Scottish Leaving Certificate Examination, 1960
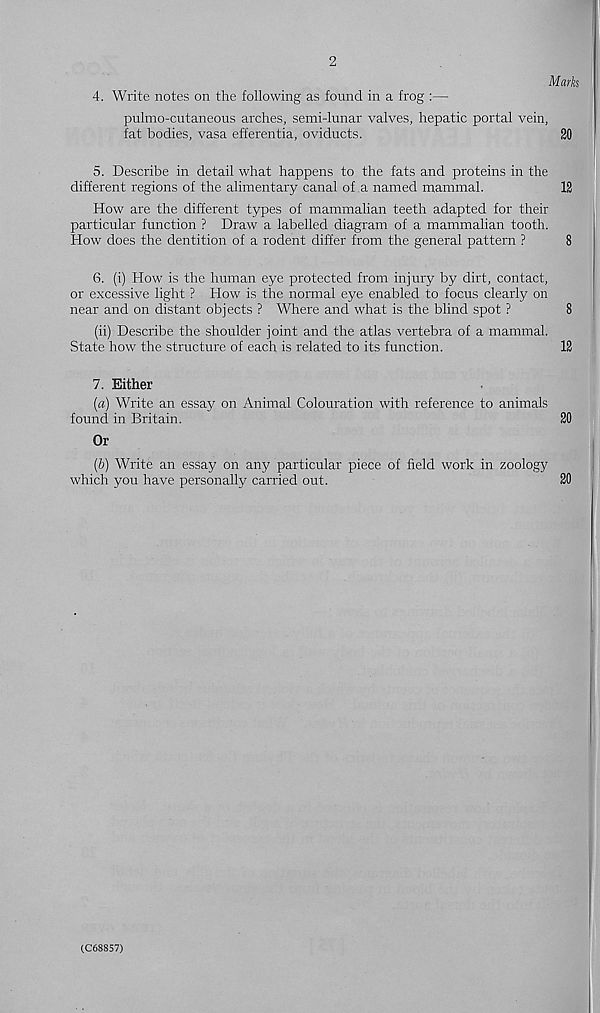
2
Marks
4. Write notes on the following as found in a frog :—
pulmo-cntaneous arches, semi-lunar valves, hepatic portal vein,
fat bodies, vasa efferentia, oviducts.
20
5. Describe in detail what happens to the fats and proteins in the
different regions of the alimentary canal of a named mammal.
12
How are the different types of mammalian teeth adapted for their
particular function ? Draw a labelled diagram of a mammalian tooth.
How does the dentition of a rodent differ from the general pattern ?
8
6. (i) How is the human eye protected from injury by dirt, contact,
or excessive light ? How is the normal eye enabled to focus clearly on
near and on distant objects ? Where and what is the blind spot ?
8
(ii) Describe the shoulder joint and the atlas vertebra of a mammal.
State how the structure of each is related to its function.
12
7. Either
(a) Write an essay on Animal Colouration with reference to animals
found in Britain.
20
Or
(b) Write an essay on any particular piece of field work in zoology
which you have personally carried out.
20
(C68857)